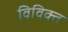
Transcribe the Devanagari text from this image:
विविक्त